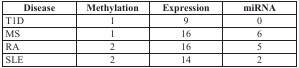
<table><thead><tr><td><b>Disease</b></td><td><b>Methylation</b></td><td><b>Expression</b></td><td><b>miRNA</b></td></tr></thead><tbody><tr><td>T1D</td><td>1</td><td>9</td><td>0</td></tr><tr><td>MS</td><td>1</td><td>16</td><td>6</td></tr><tr><td>RA</td><td>2</td><td>16</td><td>5</td></tr><tr><td>SLE</td><td>2</td><td>14</td><td>2</td></tr></tbody></table>